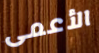
الأعمى